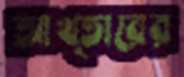
আখ্তারের